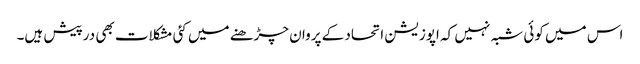
اس میں کوئی شبہ نہیں کہ اپوزیشن اتحاد کے پروان چڑھنے میں کئی مشکلات بھی درپیش ہیں۔